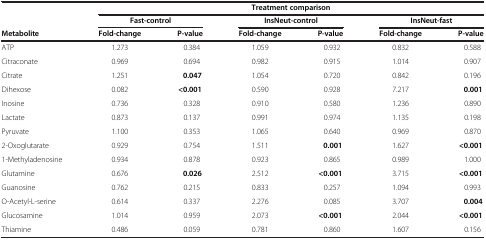
<table><thead><tr><td><b> </b></td><td colspan="6"><b>Treatment comparison</b></td></tr><tr><td><b> </b></td><td colspan="2"><b>Fast-control</b></td><td colspan="2"><b>InsNeut-control</b></td><td colspan="2"><b>InsNeut-fast</b></td></tr><tr><td><b>Metabolite</b></td><td><b>Fold-change</b></td><td><b>P-value</b></td><td><b>Fold-change</b></td><td><b>P-value</b></td><td><b>Fold-change</b></td><td><b>P-value</b></td></tr></thead><tbody><tr><td>ATP</td><td>1.273</td><td>0.384</td><td>1.059</td><td>0.932</td><td>0.832</td><td>0.588</td></tr><tr><td>Citraconate</td><td>0.969</td><td>0.694</td><td>0.982</td><td>0.915</td><td>1.014</td><td>0.907</td></tr><tr><td>Citrate</td><td>1.251</td><td><b>0.047</b></td><td>1.054</td><td>0.720</td><td>0.842</td><td>0.196</td></tr><tr><td>Dihexose</td><td>0.082</td><td><b>&lt;0.001</b></td><td>0.590</td><td>0.928</td><td>7.217</td><td><b>0.001</b></td></tr><tr><td>Inosine</td><td>0.736</td><td>0.328</td><td>0.910</td><td>0.580</td><td>1.236</td><td>0.890</td></tr><tr><td>Lactate</td><td>0.873</td><td>0.137</td><td>0.991</td><td>0.974</td><td>1.135</td><td>0.198</td></tr><tr><td>Pyruvate</td><td>1.100</td><td>0.353</td><td>1.065</td><td>0.640</td><td>0.969</td><td>0.870</td></tr><tr><td>2-Oxoglutarate</td><td>0.929</td><td>0.754</td><td>1.511</td><td><b>0.001</b></td><td>1.627</td><td><b>&lt;0.001</b></td></tr><tr><td>1-Methyladenosine</td><td>0.934</td><td>0.878</td><td>0.923</td><td>0.865</td><td>0.989</td><td>1.000</td></tr><tr><td>Glutamine</td><td>0.676</td><td><b>0.026</b></td><td>2.512</td><td><b>&lt;0.001</b></td><td>3.715</td><td><b>&lt;0.001</b></td></tr><tr><td>Guanosine</td><td>0.762</td><td>0.215</td><td>0.833</td><td>0.257</td><td>1.094</td><td>0.993</td></tr><tr><td>O-Acetyl-L-serine</td><td>0.614</td><td>0.337</td><td>2.276</td><td>0.085</td><td>3.707</td><td><b>0.004</b></td></tr><tr><td>Glucosamine</td><td>1.014</td><td>0.959</td><td>2.073</td><td><b>&lt;0.001</b></td><td>2.044</td><td><b>&lt;0.001</b></td></tr><tr><td>Thiamine</td><td>0.486</td><td>0.059</td><td>0.781</td><td>0.860</td><td>1.607</td><td>0.156</td></tr></tbody></table>